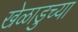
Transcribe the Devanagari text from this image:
खेळाडुच्या